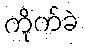
ကိုက်ခဲ